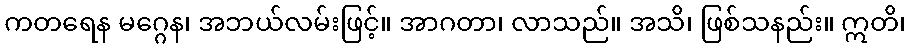
ကတရေန မဂ္ဂေန၊ အဘယ်လမ်းဖြင့်။ အာဂတာ၊ လာသည်။ အသိ၊ ဖြစ်သနည်း။ ဣတိ၊